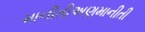
માનીતીઅણમાનીતી